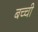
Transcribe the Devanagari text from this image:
बच्‍ची